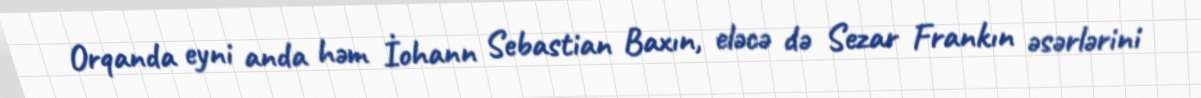
Orqanda eyni anda həm İohann Sebastian Baxın, eləcə də Sezar Frankın əsərlərini